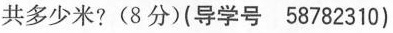
共多少米? (8分) (导学号 58782310)